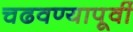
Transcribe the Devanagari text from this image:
चढवण्यापूर्वी